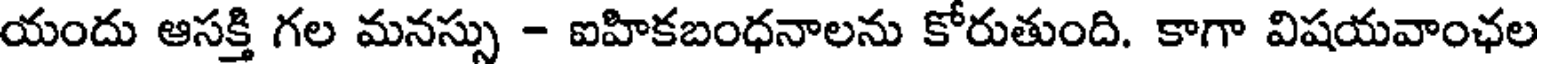
యందు ఆసక్తి గల మనస్సు - ఐహికబంధనాలను కోరుతుంది. కాగా విషయవాంఛల